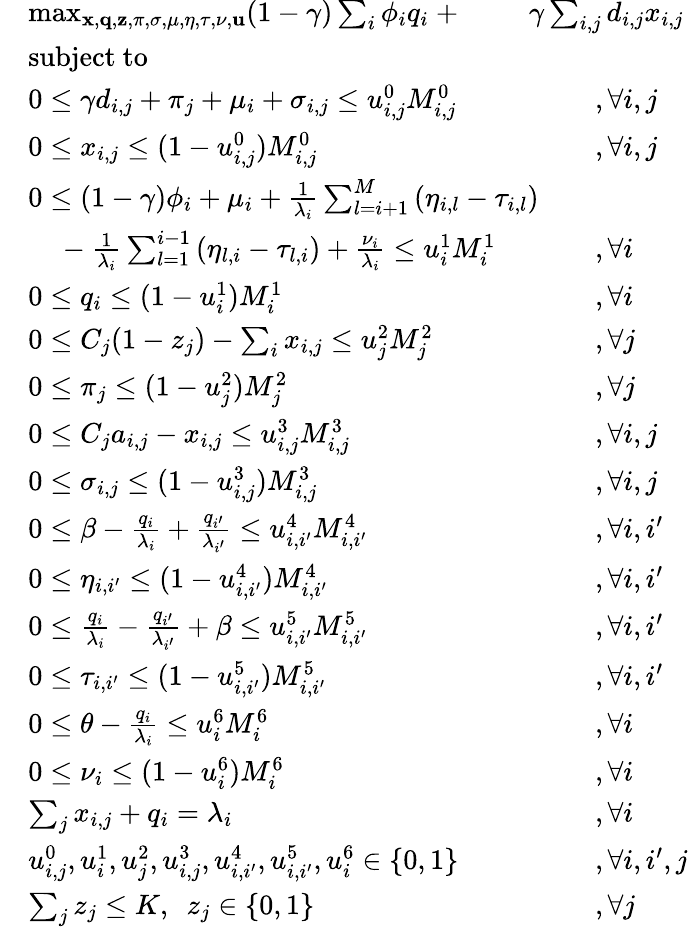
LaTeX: \begin{array}{rlrl}&{\operatorname*{max}_{{\mathbf{x}},{\mathbf{q}},{\mathbf{z}},\pi,\sigma,\mu,\eta,\tau,\nu,{\mathbf{u}}}(1-\gamma)\sum_{i}\phi_{i}q_{i}~+}&&{\! \! \! \! \! \! \! \! \! \! \! \! \! \! \gamma\sum_{i,j}d_{i,j}x_{i,j}}\\ &{\mathrm{subject~to}}&&{~}\\ &{0\leq\gamma d_{i,j}+\pi_{j}+\mu_{i}+\sigma_{i,j}\leq u_{i,j}^{0}M_{i,j}^{0}}&&{,\forall i,j}\\ &{0\leq x_{i,j}\leq(1-u_{i,j}^{0})M_{i,j}^{0}}&&{,\forall i,j}\\ &{0\leq(1-\gamma)\phi_{i}+\mu_{i}+\frac{1}{\lambda_{i}}\sum_{l=i+1}^{M}\left(\eta_{i,l}-\tau_{i,l}\right)}&&{}\\ &{~~~~-\frac{1}{\lambda_{i}}\sum_{l=1}^{i-1}\left(\eta_{l,i}-\tau_{l,i}\right)+\frac{\nu_{i}}{\lambda_{i}}\leq u_{i}^{1}M_{i}^{1}}&&{,\forall i}\\ &{0\leq q_{i}\leq(1-u_{i}^{1})M_{i}^{1}}&&{,\forall i}\\ &{0\leq C_{j}(1-z_{j})-\sum_{i}x_{i,j}\leq u_{j}^{2}M_{j}^{2}}&&{,\forall j}\\ &{0\leq\pi_{j}\leq(1-u_{j}^{2})M_{j}^{2}}&&{,\forall j}\\ &{0\leq C_{j}a_{i,j}-x_{i,j}\leq u_{i,j}^{3}M_{i,j}^{3}}&&{,\forall i,j}\\ &{0\leq\sigma_{i,j}\leq(1-u_{i,j}^{3})M_{i,j}^{3}}&&{,\forall i,j}\\ &{0\leq\beta-\frac{q_{i}}{\lambda_{i}}+\frac{q_{i^{\prime}}}{\lambda_{i^{\prime}}}\leq u_{i,i^{\prime}}^{4}M_{i,i^{\prime}}^{4}}&&{,\forall i,i^{\prime}}\\ &{0\leq\eta_{i,i^{\prime}}\leq(1-u_{i,i^{\prime}}^{4})M_{i,i^{\prime}}^{4}}&&{,\forall i,i^{\prime}}\\ &{0\leq\frac{q_{i}}{\lambda_{i}}-\frac{q_{i^{\prime}}}{\lambda_{i^{\prime}}}+\beta\leq u_{i,i^{\prime}}^{5}M_{i,i^{\prime}}^{5}}&&{,\forall i,i^{\prime}}\\ &{0\leq\tau_{i,i^{\prime}}\leq(1-u_{i,i^{\prime}}^{5})M_{i,i^{\prime}}^{5}}&&{,\forall i,i^{\prime}}\\ &{0\leq\theta-\frac{q_{i}}{\lambda_{i}}\leq u_{i}^{6}M_{i}^{6}}&&{,\forall i}\\ &{0\leq\nu_{i}\leq(1-u_{i}^{6})M_{i}^{6}}&&{,\forall i}\\ &{\sum_{j}x_{i,j}+q_{i}=\lambda_{i}}&&{,\forall i}\\ &{u_{i,j}^{0},u_{i}^{1},u_{j}^{2},u_{i,j}^{3},u_{i,i^{\prime}}^{4},u_{i,i^{\prime}}^{5},u_{i}^{6}\in\{ 0,1\} }&&{,\forall i,i^{\prime},j}\\ &{\sum_{j}z_{j}\leq K,~~z_{j}\in\{ 0,1\} }&&{,\forall j}\end{array}